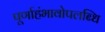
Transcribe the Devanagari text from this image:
पूर्णाहंभावोपलब्धि